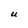
Character: U